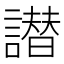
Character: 譛